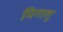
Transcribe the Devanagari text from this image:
मिगालू